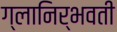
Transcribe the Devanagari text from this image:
ग्लानिर्भवती